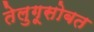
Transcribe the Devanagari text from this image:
तेलुगूसोबत